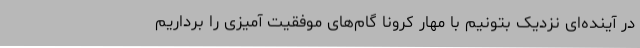
در آینده‌ای نزدیک بتونیم با مهار کرونا گام‌های موفقیت آمیزی را برداریم